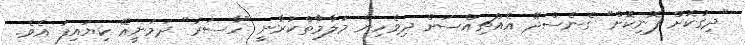
"ދިގުކޮށް ފޮނިކޮށް" ގެނެސްދޭ އެއްޗިއްސަށް ދިވެހިން މަލާމާތްކުރާނީ "ހާސަރު" ދަމަނީއޭ ކިޔައިފަ އެވެ.